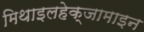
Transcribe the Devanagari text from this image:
मिथाइलहेक्जामाइन